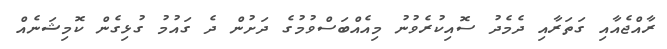
ރާއްޖެއާއި ގަތަރާއި ދެމެދު ސޮއިކުރެވުނު މިއެއްބަސްވުމުގެ ދަށުން ދެ ގައުމު ގުޅިގެން ކޮމިޝަނެއް